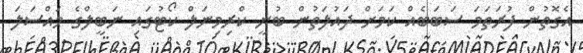
އެގޮތުން ފުރަތަމަ ސަބަބެއް ކަމަށް ދައުލަތުން ބުނީ ކްރިމިނަލް ކޯޓުގައި ނަބީލްގެ މައްސަލަ